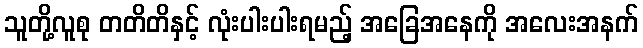
သူတို့လူစု တတိတိနှင့် လုံးပါးပါးရမည့် အခြေအနေကို အလေးအနက်